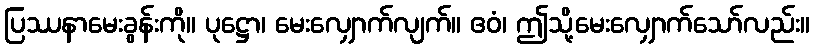
ပြဿနာမေးခွန်းကို။ ပုဋ္ဌော၊ မေးလျှောက်လျက်။ ဧဝံ၊ ဤသို့မေးလျှောက်သော်လည်း။